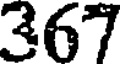
367